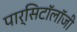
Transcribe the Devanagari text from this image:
पार्सिटॉलॉजी